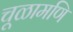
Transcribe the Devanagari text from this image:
चूळामणि